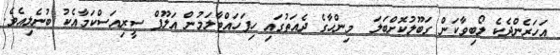
އަހަރެންދެކެ ލޯބިވާކަން ގަބޫލުކޮށްބަލަ  މިންހާގެ ދެއަތުގައި ހިފަހައްޓާލަމުން އަލޫފް ސީރިއަސްކަމާއެކު ބުނެލިއެވެ.